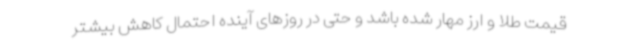
قیمت طلا و ارز مهار شده باشد و حتی در روزهای آینده احتمال کاهش بیشتر